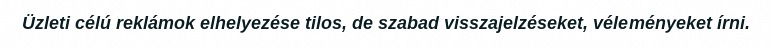
Üzleti célú reklámok elhelyezése tilos, de szabad visszajelzéseket, véleményeket írni.